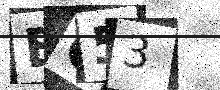
Text: BG53